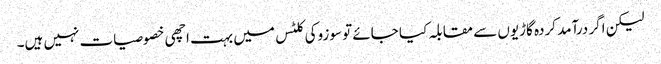
لیکن اگر درآمد کردہ گاڑیوں سے مقابلہ کیا جائے تو سوزوکی کلٹس میں بہت اچھی خصوصیات نہیں ہیں۔